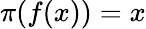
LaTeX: \pi(f(x))=x